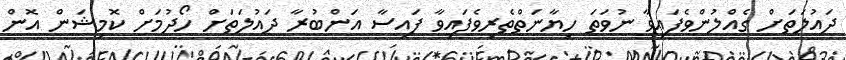
ދައުލަތަށް ގެއްލުންވެފައިވާ ނުވަތަ ހިޔާނަތްތެރިވެފައިވާ ފައިސާ އަންބުރާ ދައުލަތަށް ހޯދުމަށް ކޮމިޝަން އޮން